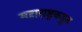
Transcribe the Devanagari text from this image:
महाराष्ट्रकडून